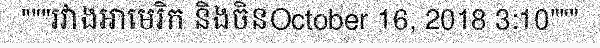
"""រវាងអាមេរិក និងចិនOctober 16, 2018 3:10"""